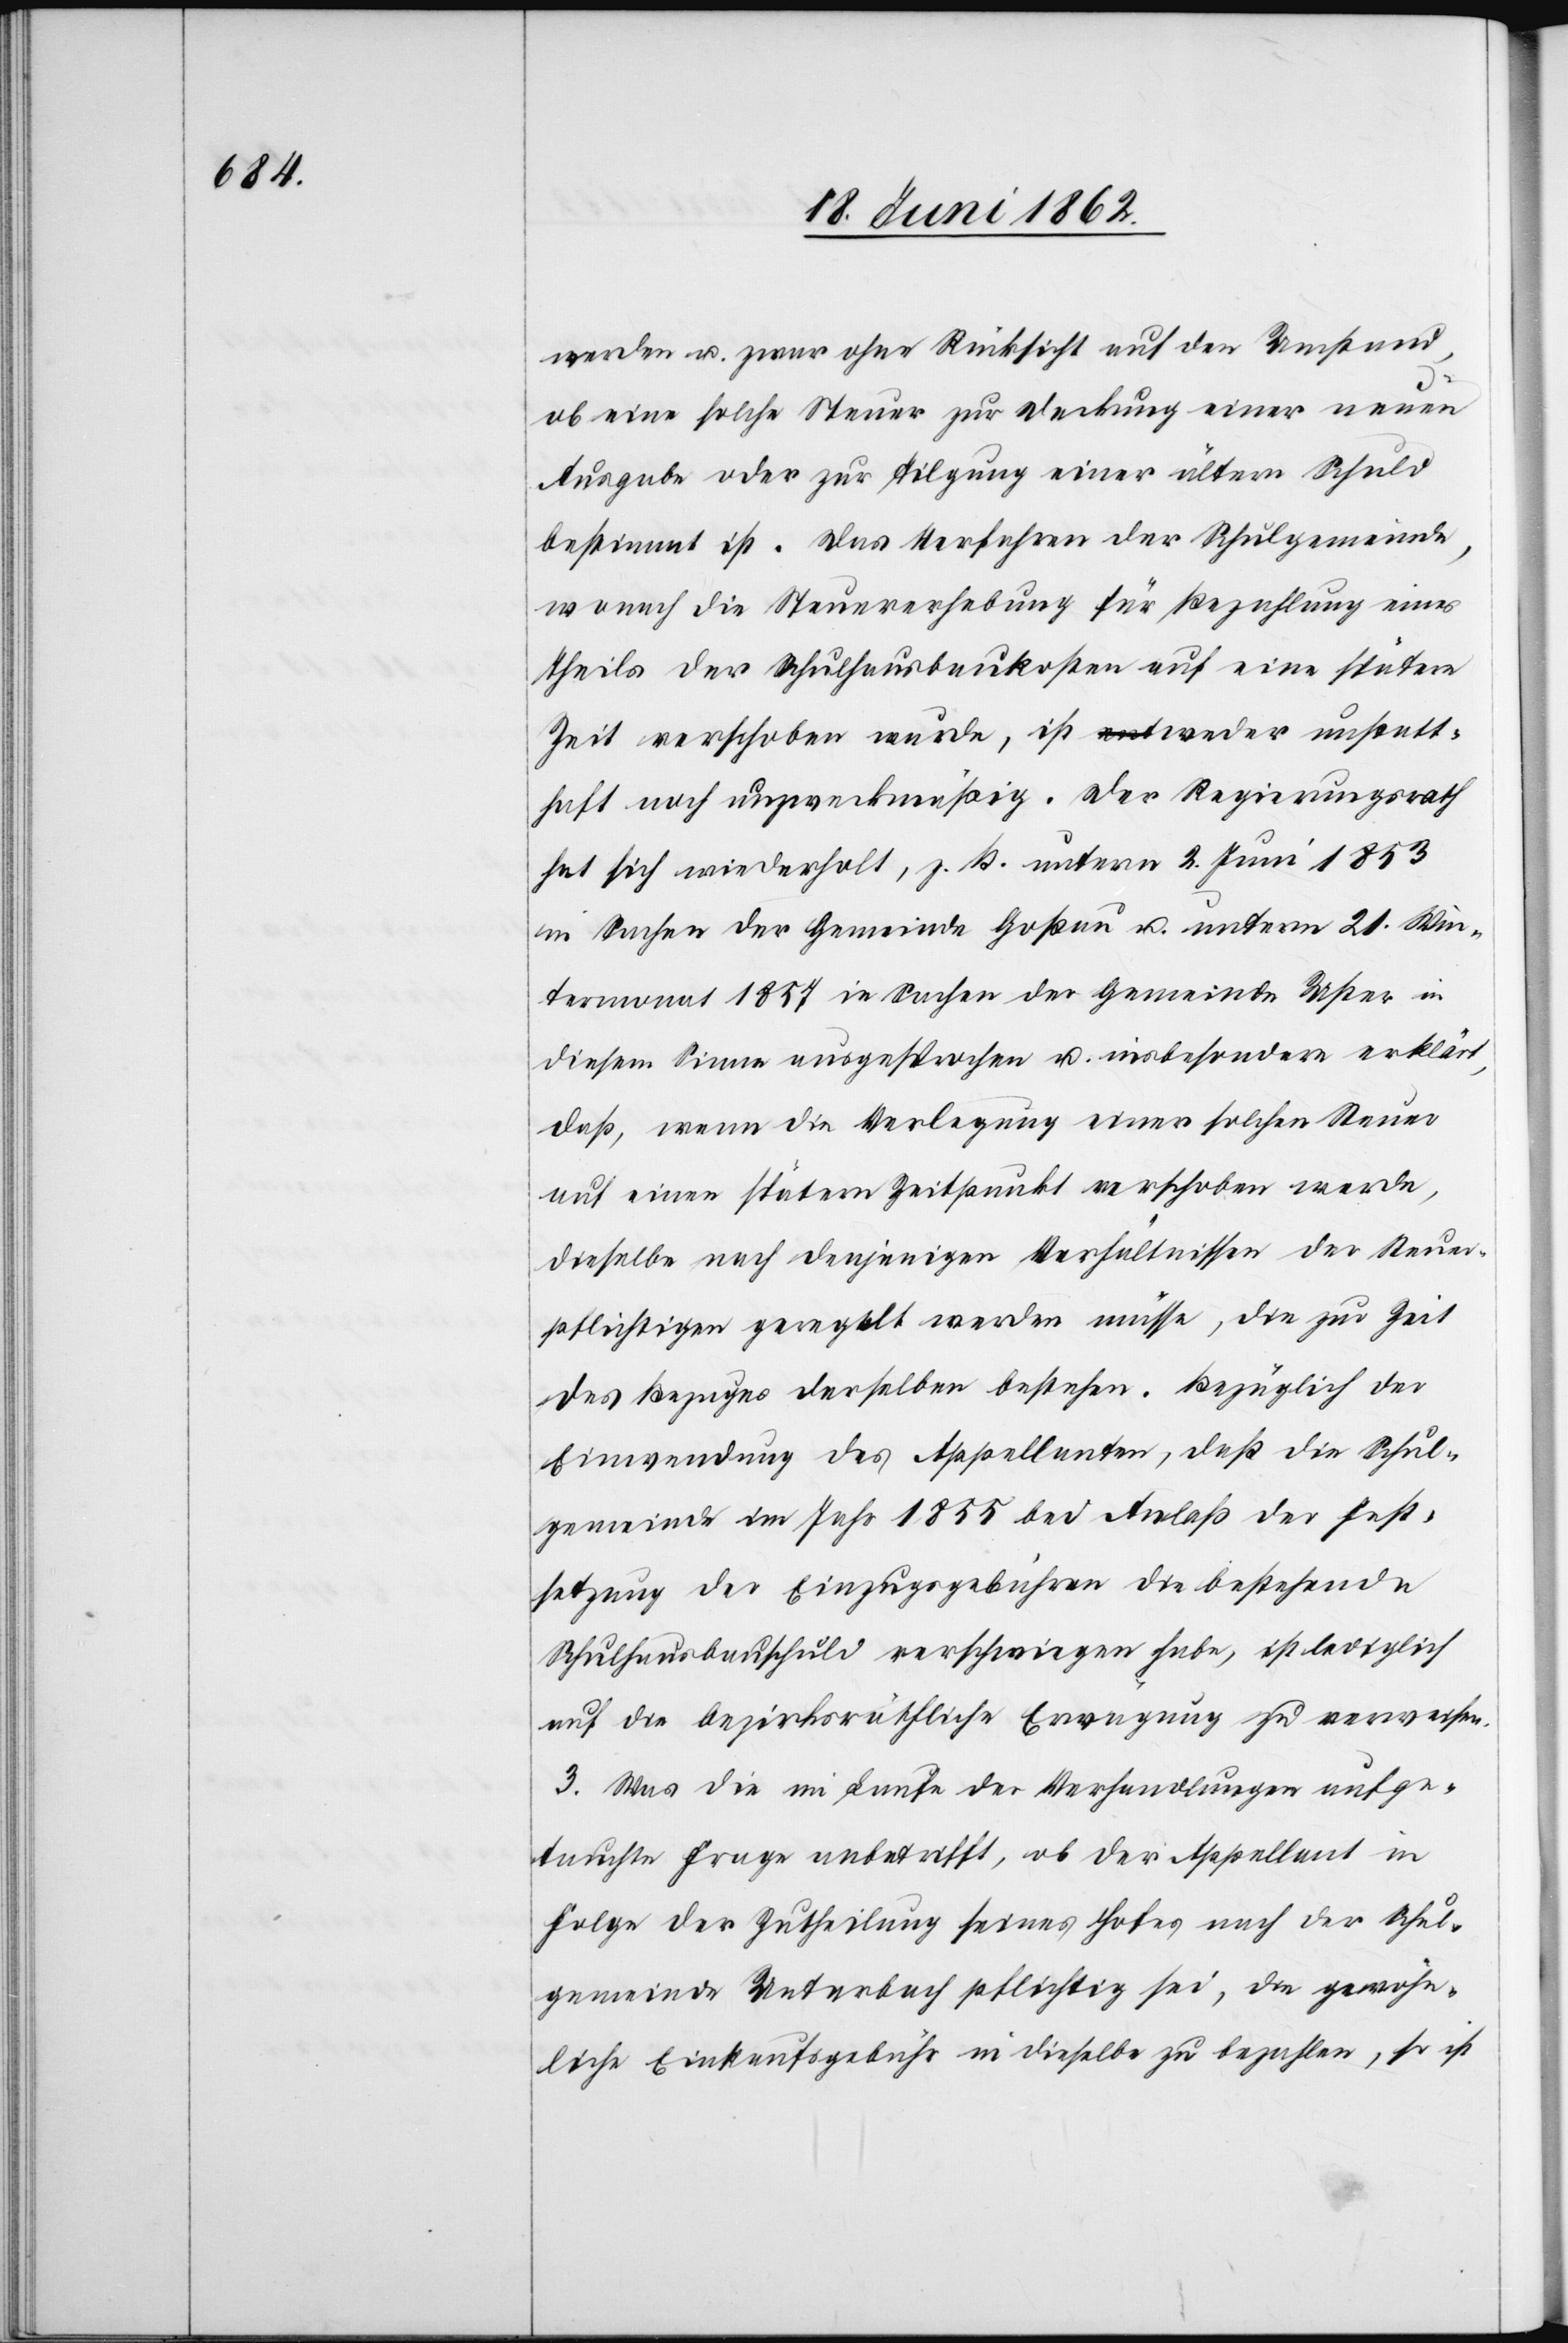
werden u. zwar ohne Rücksicht auf den Umstand,
ob eine solche Steuer zur Deckung einer neuen
Ausgabe oder zur Tilgung einer ältern Schuld
bestimmt ist. Das Verfahren der Schulgemeinde,
wonach die Steuererhebung für Bezahlung eines
Theils der Schulhausbaukosten auf eine spätere
Zeit verschoben wurde, ist weder unstatt¬
haft noch unzweckmäßig. Der Regierungsrath
hat sich wiederholt, z. B. unterm 2. Juni 1853
in Sachen der Gemeinde Goßau u. unterm 21. Win¬
termonat 1857 in Sachen der Gemeinde Uster in
diesem Sinne ausgesprochen u. insbesondere erklärt,
daß, wenn die Vorlegung einer solchen Steuer
auf einen spätern Zeitpunkt verschoben werde,
dieselbe nach denjenigen Verhältnissen der Steuer¬
pflichtigen geregelt werden müsse, die zur Zeit
des Bezuges derselben bestehen. Bezüglich der
Einwendung des Appellanten, daß die Schul¬
gemeinde im Jahr 1855 bei Anlaß der Fest¬
setzung der Einzugsgebühren die bestehende
Schulhausbauschuld verschwiegen habe, ist lediglich
auf die bezirksräthliche Erwägung zu verweisen.
3. Was die im Laufe der Verhandlungen aufge¬
tauchte Frage anbetrifft, ob der Appellant in
Folge der Zutheilung seines Hofes nach der Schul¬
gemeinde Unterbach pflichtig sei, die gewöhn¬
liche Einkaufsgebühr in dieselbe zu bezahlen, so ist